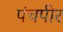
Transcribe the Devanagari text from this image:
पंचपीर